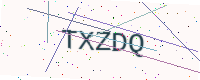
Text: TXZDQ